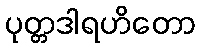
ပုတ္တဒါရဟိတော